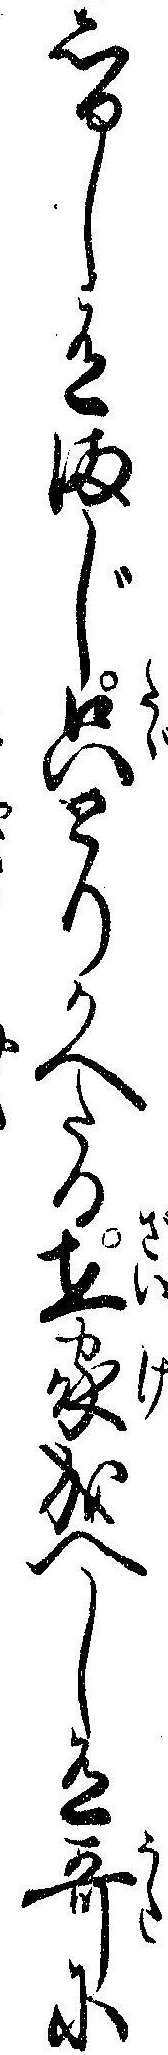
しるし有まじ只とりかへたる在家成へし有歌に